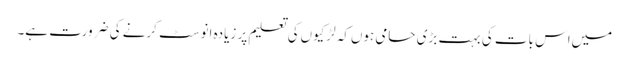
میں‌اس بات کی بہت بڑی حامی ہوں‌کہ لڑکیوں‌کی تعلیم پر زیادہ انوسٹ کرنے کی ضرورت ہے۔